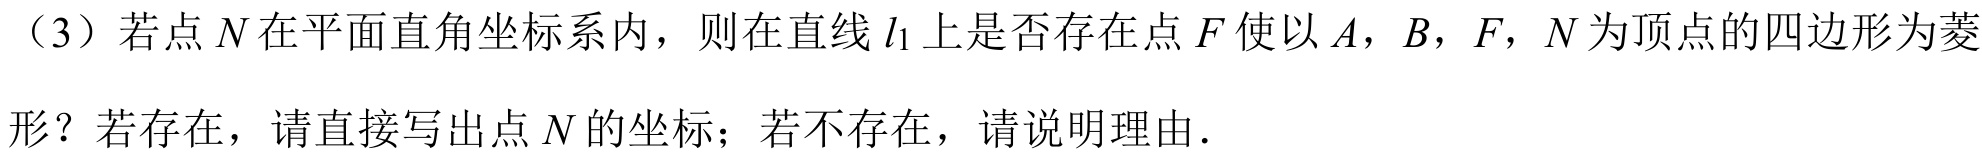
（3）若点\(N\)在平面直角坐标系内，则在直线\(l_{1}\)上是否存在点\(F\)使以\(A\)，\(B\)，\(F\)，\(N\)为顶点的四边形为菱形？若存在，请直接写出点\(N\)的坐标；若不存在，请说明理由.